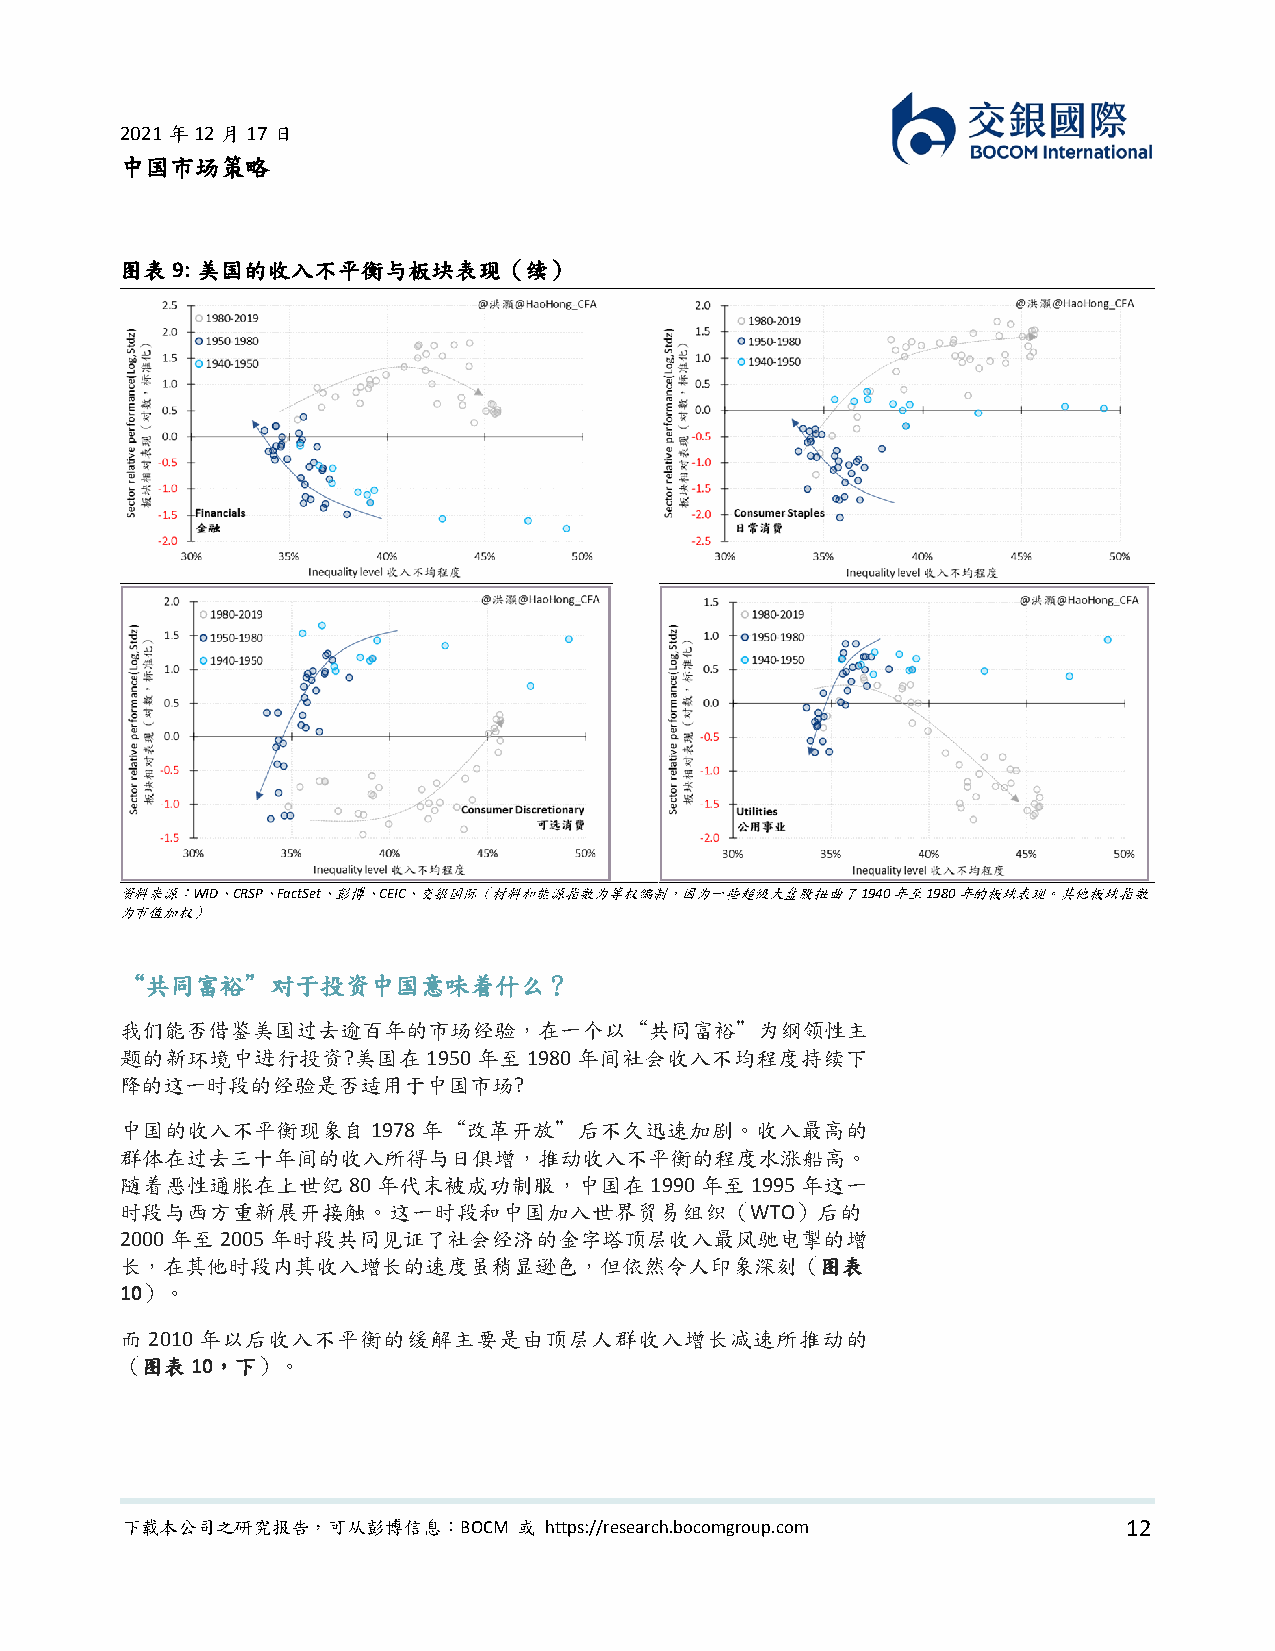
2021年12月17日
 中国市场策略
 图表 9: 美国的收入不平衡与板块表现（续）
 资料来源：WID、CRSP、FactSet、彭博、CEIC、交银国际（材料和能源指数为等权编制，因为一些超级大盘股扭曲了 1940 年至 1980 年的板块表现。其他板块指数
 为市值加权）
 “共同富裕”对于投资中国意味着什么？
 我们能否借鉴美国过去逾百年的市场经验，在一个以“共同富裕”为纲领性主
 题的新环境中进行投资?美国在1950年至1980年间社会收入不均程度持续下
 降的这一时段的经验是否适用于中国市场?
 中国的收入不平衡现象自1978年“改革开放”后不久迅速加剧。收入最高的
 群体在过去三十年间的收入所得与日俱增，推动收入不平衡的程度水涨船高。
 随着恶性通胀在上世纪80年代末被成功制服，中国在1990年至1995年这一
 时段与西方重新展开接触。这一时段和中国加入世界贸易组织（WTO）后的
 2000年至2005年时段共同见证了社会经济的金字塔顶层收入最风驰电掣的增
 长，在其他时段内其收入增长的速度虽稍显逊色，但依然令人印象深刻（图表
 10）。
 而 2010年以后收入不平衡的缓解主要是由顶层人群收入增长减速所推动的
 （图表10，下）。
 下载本公司之研究报告，可从彭博信息：BOCM    或 https://research.bocomgroup.com        12